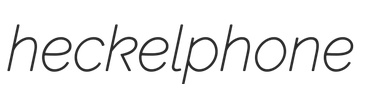
heckelphone